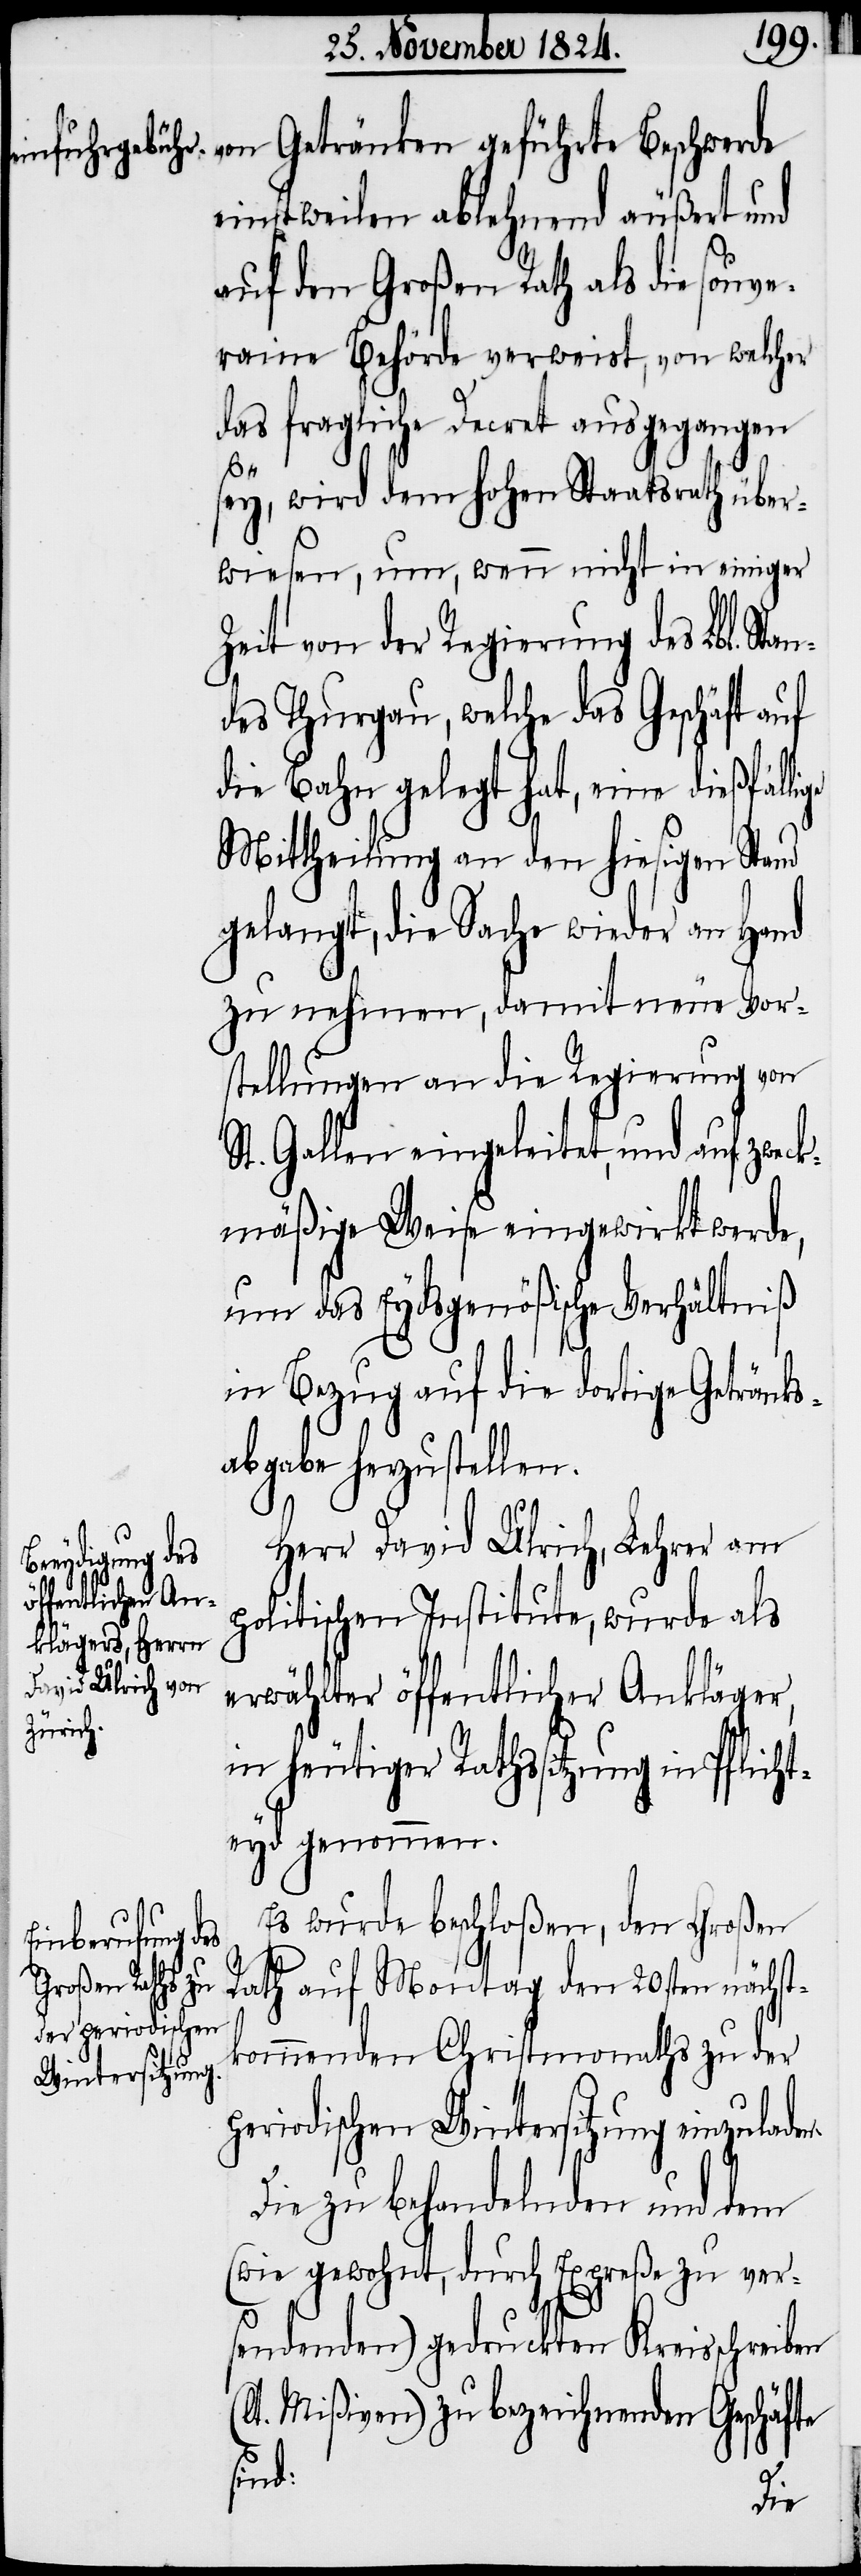
von Getränken geführte Beschwerde
einstweilen ablehnend äußert und
auf den Großen Rath als die souve¬
raine Behörde verweist, von welcher
das fragliche Decret ausgegangen
(l¬
sey, wird dem hohen Staatsrath über¬
wiesen, um, wenn nicht in einiger
Zeit von der Regierung des Lbl. Sta¬
des Thurgau, welche das Geschäft auf
die Bahn gelegt hat, eine dießfälli¬
Mittheilung an den hiesigen Stand
gelangt, die Sache wieder an Hand
zu nehmen, damit neue Vor¬
stellungen an die Regierung von
St. Gallen eingeleitet, und auf zweck¬
mäßige Weise eingewirkt werde,
um das Eydsgenößische Verhältniß
in Bezug auf die dortige Getränks¬
abgabe herzustellen.
Herr David Ulrich, Lehrer am
politischen Institute, wurde als
erwählter öffentlicher Ankläger,
in heutiger Rahtssitzung in Pflicht¬
eyd genommen.
Es wurde beschloßen, den Großen
Rath auf Montag den 20sten nächst¬
kommenden Christmonaths zu der
periodischen Wintersitzung einzulade¬
Die zu behandelnden und dem
(wie gewohnt, durch Expreße zu ver¬
sendenden) gedruckten Kreisschreiben
t. Mißiven) zu bezeichnenden Geschäfte
sind:

n.